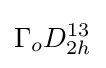
\Gamma _{o}D_{2h}^{13}